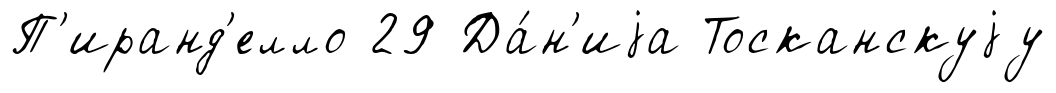
П'иранд'елло 29 Да́н'иjа Тосканскуjу